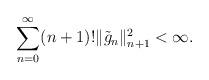
LaTeX: \begin{align*}\sum_{n=0}^\infty (n+1)! \|\tilde{g}_n\|_{n+1}^2<\infty.\end{align*}